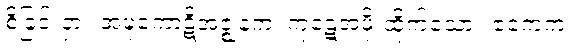
စိခြင်းငှာ။ အဍ္ဎကောဋိအဇ္ဈနကံ၊ ကုဋေအဖိုးထိုက်သော။ ဧကေကံ၊